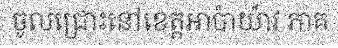
ចូលជ្រោះនៅខេត្តអាប៉ាយ៉ាវ ភាគ